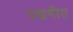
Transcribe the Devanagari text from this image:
पद्यगीत